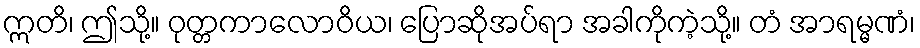
ဣတိ၊ ဤသို့။ ဝုတ္တကာလောဝိယ၊ ပြောဆိုအပ်ရာ အခါကိုကဲ့သို့။ တံ အာရမ္မဏံ၊